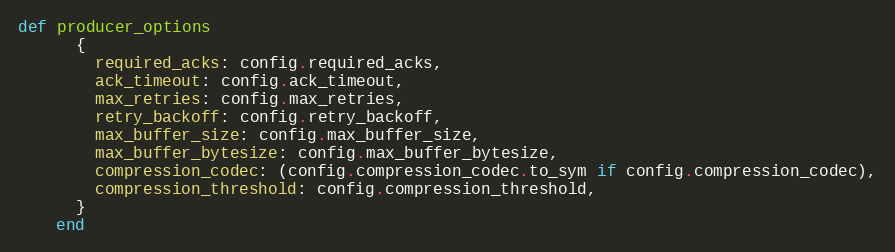
Language: Ruby
def producer_options
      {
        required_acks: config.required_acks,
        ack_timeout: config.ack_timeout,
        max_retries: config.max_retries,
        retry_backoff: config.retry_backoff,
        max_buffer_size: config.max_buffer_size,
        max_buffer_bytesize: config.max_buffer_bytesize,
        compression_codec: (config.compression_codec.to_sym if config.compression_codec),
        compression_threshold: config.compression_threshold,
      }
    end